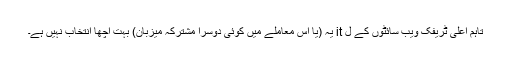
تاہم اعلی ٹریفک ویب سائٹوں کے ل it یہ (یا اس معاملے میں کوئی دوسرا مشترکہ میزبان) بہت اچھا انتخاب نہیں ہے۔